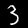
Label: 3